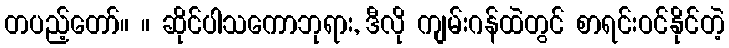
တပည့်တော်။ ။ ဆိုင်ပါသကောဘုရား, ဒီလို ကျမ်းဂန်ထဲတွင် စာရင်းဝင်နိုင်တဲ့